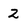
Character: 2